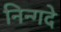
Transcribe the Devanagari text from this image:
निन्गदे